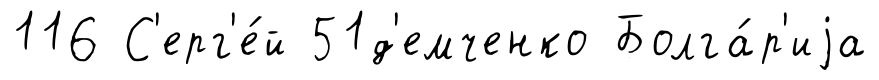
116 С'ерг'е́й 51д'емченко Болга́р'иjа